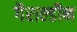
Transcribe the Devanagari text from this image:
गैराल्डीन